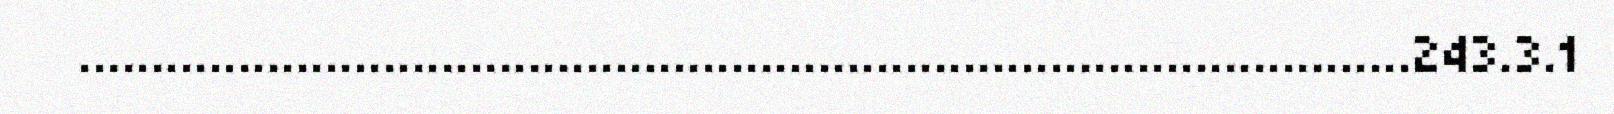
............................................................................................243.3.1